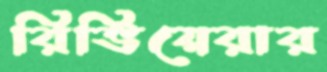
রিভিয়েরার